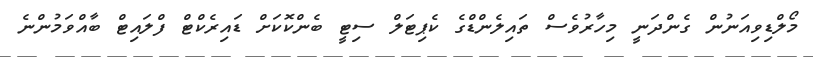
މޯލްޑިވިއަނުން ގެންދަނީ މިހާރުވެސް ތައިލެންޑްގެ ކެޕިޓަލް ސިޓީ ބެންކޮކަށް ޑައިރެކްޓް ފްލައިޓް ބާއްވަމުންނެ